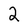
Character: 2